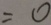
= 0